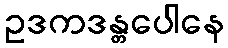
ဥဒကဒန္တပေါနေ